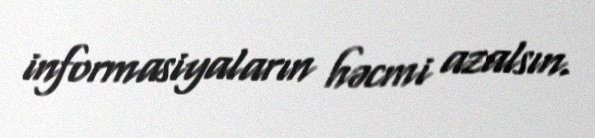
informasiyaların həcmi azalsın.